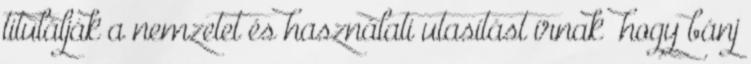
titulálják a nemzetet és használati utasítást írnak „hogy bánj